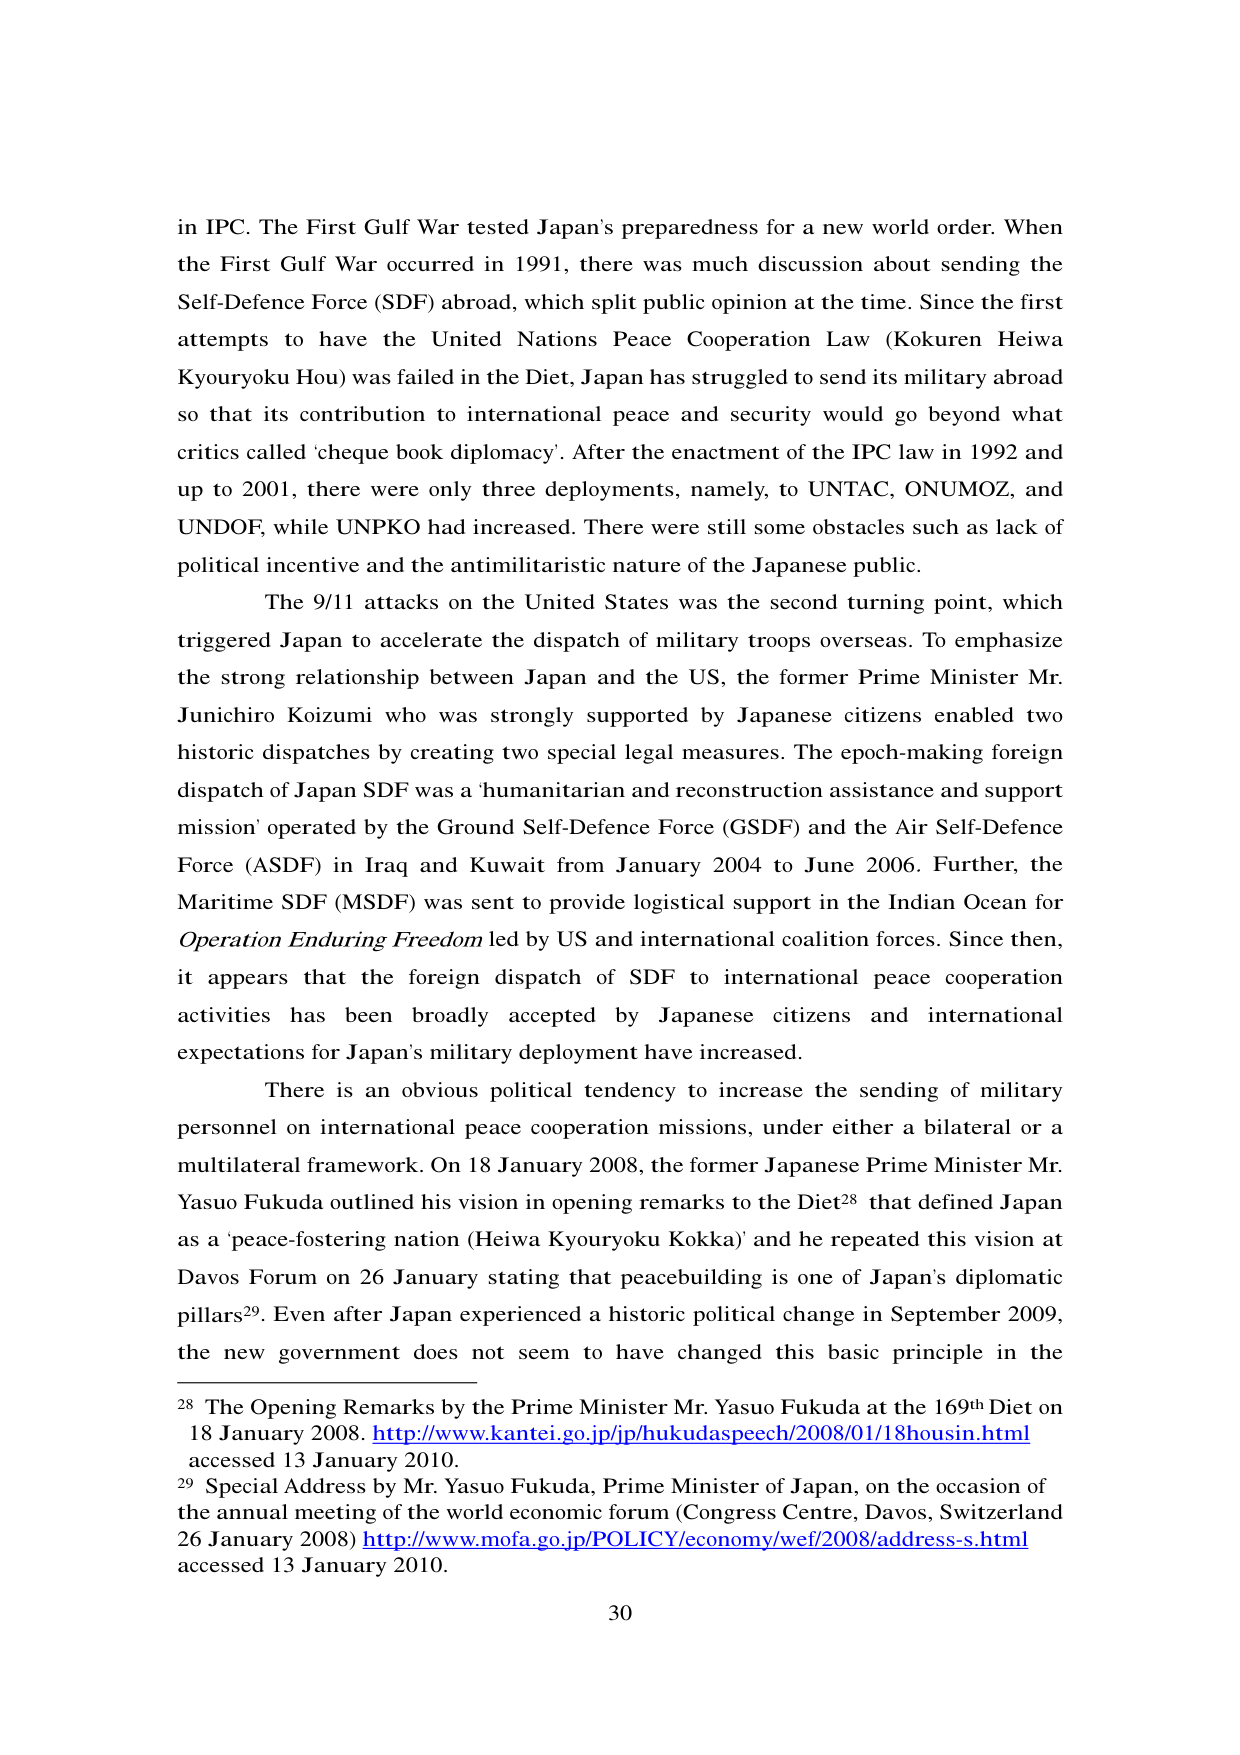
in IPC. The First Gulf War tested Japan's preparedness for a new world order. When the First Gulf War occurred in 1991, there was much discussion about sending the Self-Defence Force (SDF) abroad, which split public opinion at the time. Since the first attempts to have the United Nations Peace Cooperation Law (Kokuren Heiwa Kyouryoku Hou) was failed in the Diet, Japan has struggled to send its military abroad so that its contribution to international peace and security would go beyond what critics called 'cheque book diplomacy'. After the enactment of the IPC law in 1992 and up to 2001, there were only three deployments, namely, to UNTAC, ONUMOZ, and UNDOF, while UNPKO had increased. There were still some obstacles such as lack of political incentive and the antimilitaristic nature of the Japanese public.

The 9/11 attacks on the United States was the second turning point, which triggered Japan to accelerate the dispatch of military troops overseas. To emphasize the strong relationship between Japan and the US, the former Prime Minister Mr. Junichiro Koizumi who was strongly supported by Japanese citizens enabled two historic dispatches by creating two special legal measures. The epoch-making foreign dispatch of Japan SDF was a 'humanitarian and reconstruction assistance and support mission' operated by the Ground Self-Defence Force (GSDF) and the Air Self-Defence Force (ASDF) in Iraq and Kuwait from January 2004 to June 2006. Further, the Maritime SDF (MSDF) was sent to provide logistical support in the Indian Ocean for Operation Enduring Freedom led by US and international coalition forces. Since then, it appears that the foreign dispatch of SDF to international peace cooperation activities has been broadly accepted by Japanese citizens and international expectations for Japan's military deployment have increased.

There is an obvious political tendency to increase the sending of military personnel on international peace cooperation missions, under either a bilateral or a multilateral framework. On 18 January 2008, the former Japanese Prime Minister Mr. Yasuo Fukuda outlined his vision in opening remarks to the Diet²⁸ that defined Japan as a 'peace-fostering nation (Heiwa Kyouryoku Kokka)' and he repeated this vision at Davos Forum on 26 January stating that peacebuilding is one of Japan's diplomatic pillars²⁹. Even after Japan experienced a historic political change in September 2009, the new government does not seem to have changed this basic principle in the

²⁸ The Opening Remarks by the Prime Minister Mr. Yasuo Fukuda at the 169th Diet on 18 January 2008. http://www.kantei.go.jp/jp/hukudaspcech/2008/01/18housin.html accessed 13 January 2010.

²⁹ Special Address by Mr. Yasuo Fukuda, Prime Minister of Japan, on the occasion of the annual meeting of the world economic forum (Congress Centre, Davos, Switzerland 26 January 2008) http://www.mofa.go.jp/POLICY/economy/wef/2008/address-s.html accessed 13 January 2010.

30